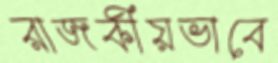
রাজকীয়ভাবে